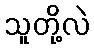
သူတို့လဲ